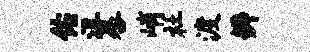
佑沮晷峭社渡辨